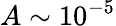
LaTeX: A\sim 10^{-5}